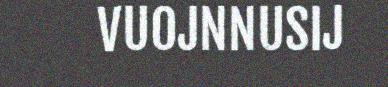
VUOJNNUSIJ